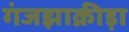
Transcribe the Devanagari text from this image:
गंजझाक्रीड़ा